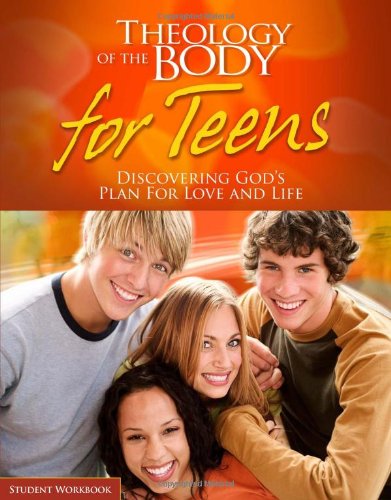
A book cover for Theology of the Body for Teens (Student Workbook); Brian Butler; Christian Books & Bibles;